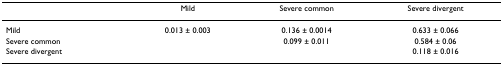
<table><thead><tr><td></td><td><b>Mild</b></td><td><b>Severe common</b></td><td><b>Severe divergent</b></td></tr></thead><tbody><tr><td>Mild</td><td>0.013 ± 0.003</td><td>0.136 ± 0.0014</td><td>0.633 ± 0.066</td></tr><tr><td>Severe common</td><td></td><td>0.099 ± 0.011</td><td>0.584 ± 0.06</td></tr><tr><td>Severe divergent</td><td></td><td></td><td>0.118 ± 0.016</td></tr></tbody></table>